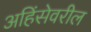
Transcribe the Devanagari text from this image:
अहिंसेवरील